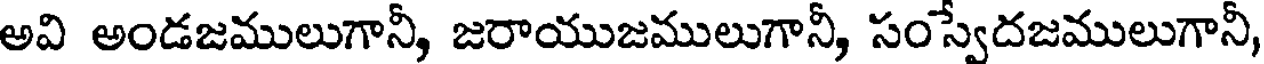
అవి అండజములుగానీ, జరాయుజములుగానీ, సంస్వేదజములుగానీ,